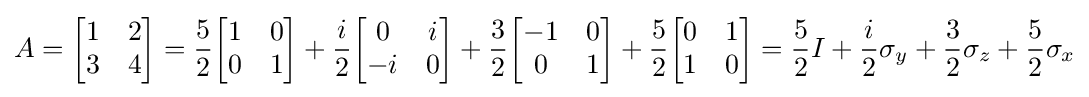
A={\begin{bmatrix}1&2\\3&4\end{bmatrix}}={\frac {5}{2}}{\begin{bmatrix}1&0\\0&1\end{bmatrix}}+{\frac {i}{2}}{\begin{bmatrix}0&i\\-i&0\end{bmatrix}}+{\frac {3}{2}}{\begin{bmatrix}-1&0\\0&1\end{bmatrix}}+{\frac {5}{2}}{\begin{bmatrix}0&1\\1&0\end{bmatrix}}={\frac {5}{2}}I+{\frac {i}{2}}\sigma _{y}+{\frac {3}{2}}\sigma _{z}+{\frac {5}{2}}\sigma _{x}